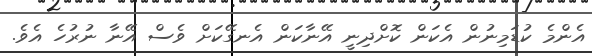
އެންމެ ކުޑަމިނުން އެކަން ކޮށްދިނީ އޭނާކަން އެނގޭކަށް ވެސް އޭނާ ނުރުހެ އެވެ.